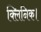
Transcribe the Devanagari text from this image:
क्लिनिक।